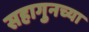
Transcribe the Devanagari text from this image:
सहागुनच्या